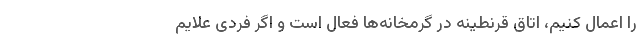
را اعمال کنیم، اتاق قرنطینه در گرمخانه‌ها فعال است و اگر فردی علایم